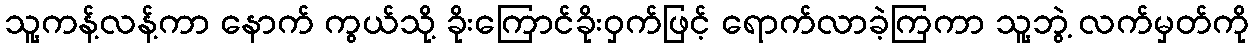
သူ့ကန့်လန့်ကာ နောက် ကွယ်သို့ ခိုးကြောင်ခိုးဝှက်ဖြင့် ရောက်လာခဲ့ကြကာ သူ့ဘွဲ့ လက်မှတ်ကို